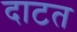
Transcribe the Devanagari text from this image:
दाटत